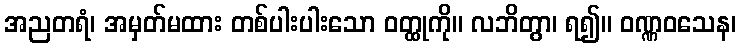
အညတရံ၊ အမှတ်မထား တစ်ပါးပါးသော ဝတ္ထုကို။ လဘိတွာ၊ ရ၍။ ဝဏ္ဏဝသေန၊